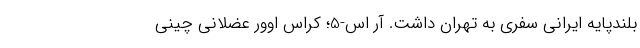
بلندپایه ایرانی سفری به تهران داشت. آر اس-5؛ کراس اوور عضلانی چینی